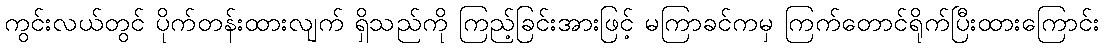
ကွင်းလယ်တွင် ပိုက်တန်းထားလျက် ရှိသည်ကို ကြည့်ခြင်းအားဖြင့် မကြာခင်ကမှ ကြက်တောင်ရိုက်ပြီးထားကြောင်း